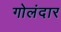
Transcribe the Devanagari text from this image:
गोलंदार